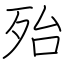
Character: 殆